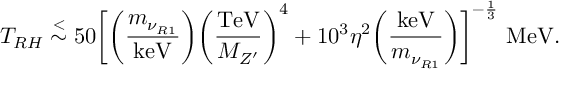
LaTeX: T _ { R H } \stackrel { < } { \sim } 5 0 \bigg [ \bigg ( { \frac { m _ { \nu _ { R 1 } } } { \mathrm { k e V } } } \bigg ) \bigg ( { \frac { \mathrm { T e V } } { M _ { Z ^ { \prime } } } } \bigg ) ^ { 4 } + 1 0 ^ { 3 } \eta ^ { 2 } \bigg ( { \frac { \mathrm { k e V } } { m _ { \nu _ { R 1 } } } } \bigg ) \bigg ] ^ { - { \frac { 1 } { 3 } } } \ { \mathrm { M e V } } .